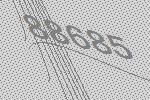
88685